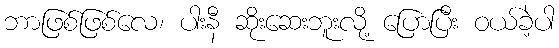
ဘာဖြစ်ဖြစ်လေ၊ ပါးနီ ဆိုးဆေးဘူးလို့ ပြောပြီး ဝယ်ခဲ့ပါ